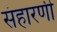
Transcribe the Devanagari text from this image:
संहारणी